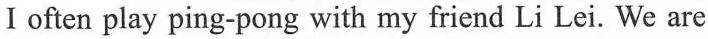
Ⅰoften play ping-pong with my friend Li Lei. We are